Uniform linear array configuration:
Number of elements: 12
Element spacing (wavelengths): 1
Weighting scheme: blackman
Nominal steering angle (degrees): -45
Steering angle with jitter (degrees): -45.5
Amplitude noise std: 0.05
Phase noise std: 0.05

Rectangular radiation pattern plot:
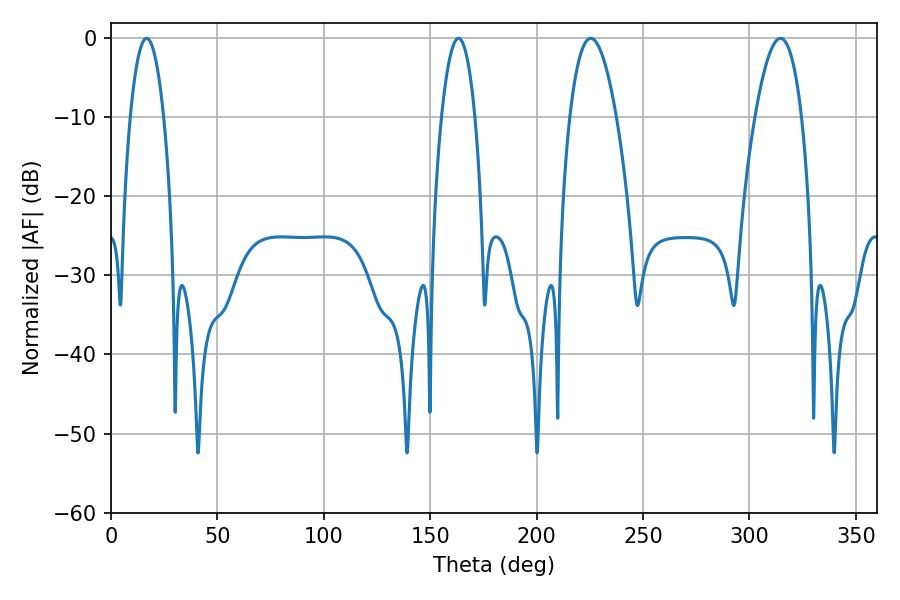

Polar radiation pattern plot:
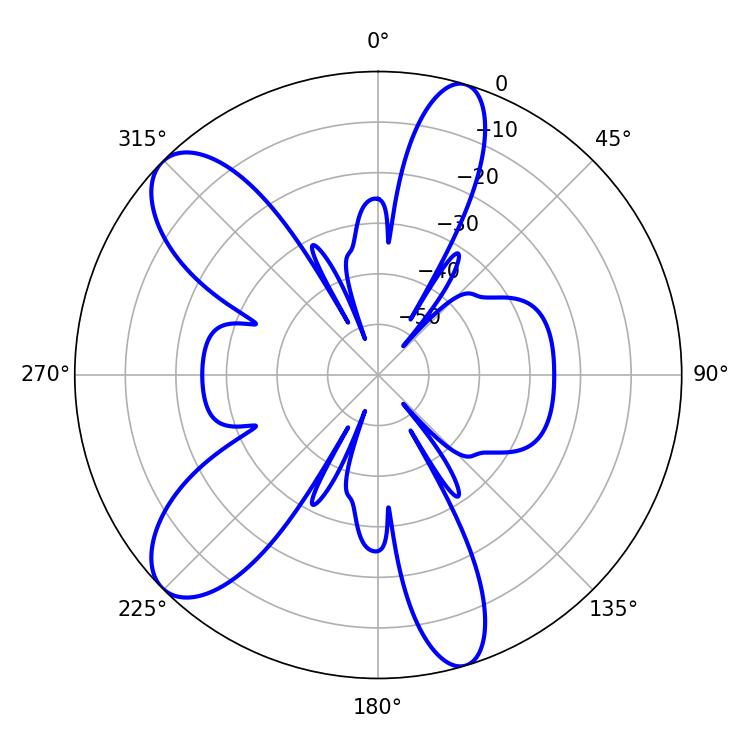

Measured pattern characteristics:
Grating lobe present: TRUE
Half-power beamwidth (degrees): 8.64
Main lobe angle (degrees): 16.74